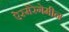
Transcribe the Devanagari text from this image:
ऐस्मेरेगेमीन